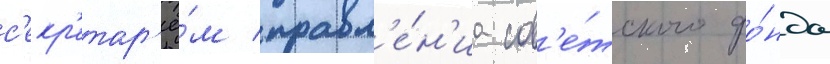
с'екр'етар'ё́м правл'е́н'иа сов'е́тского фо́нда